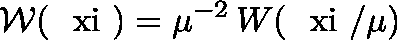
{ \mathcal W } ( \mathrm { \boldmath ~ \ x i ~ } ) = \mu ^ { - 2 } \, W ( \mathrm { \boldmath ~ \ x i ~ } / \mu ) \;